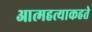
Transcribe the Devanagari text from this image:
आत्महत्याकहते